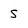
Character: 5